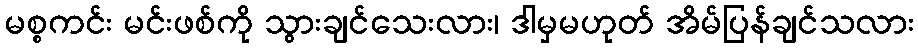
မစ္စကင်း မင်းဖစ်ကို သွားချင်သေးလား၊ ဒါမှမဟုတ် အိမ်ပြန်ချင်သလား